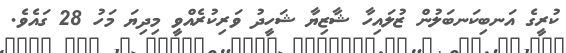
ކުރީގެ އަނބިކަނބަލުން ޒުލައިހާ ޝާޒިޔާ ޝަހީދު ވަރިކުރެއްވީ މިދިޔަ މަހު 28 ގައެވެ.